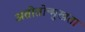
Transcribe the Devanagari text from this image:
अतीतोन्मुखता